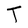
Character: T